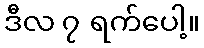
ဒီလ ၇ ရက်ပေါ့။